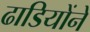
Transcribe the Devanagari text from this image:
ढाडियोंने